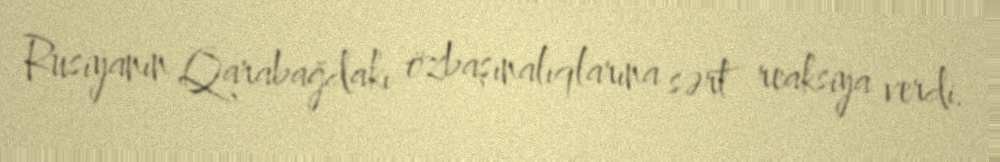
Rusiyanın Qarabağdakı özbaşınalıqlarına sərt reaksiya verdi.